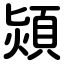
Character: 熲